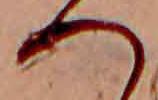
へ